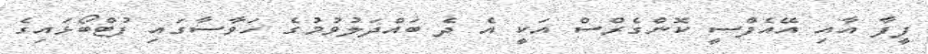
ފީފާ އާއި އޭއެފްސީ ކޮންގެރްސް އަކީ އެ ދެ ބައްދަލުވުމުގެ ހަވާސާގައި ފުޓްބޯޅައިގެ